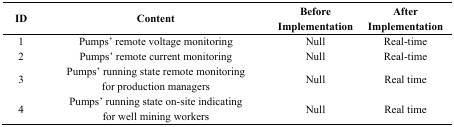
<table><thead><tr><td><b>ID</b></td><td><b>Content</b></td><td><b>Before Implementation</b></td><td><b>After Implementation</b></td></tr></thead><tbody><tr><td>1</td><td>Pumps&#x27; remote voltage monitoring</td><td>Null</td><td>Real-time</td></tr><tr><td>2</td><td>Pumps&#x27; remote current monitoring</td><td>Null</td><td>Real-time</td></tr><tr><td>3</td><td>Pumps&#x27; running state remote monitoring for production managers</td><td>Null</td><td>Real time</td></tr><tr><td>4</td><td>Pumps&#x27; running state on-site indicating for well mining workers</td><td>Null</td><td>Real time</td></tr></tbody></table>